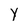
Character: Y